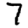
Digit: 7